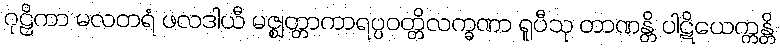
ဂုဠိကာ မလတရံ ဖလဒါယီ မဇ္ဈတ္တာကာရပ္ပဝတ္တိလက္ခဏာ ရူပီသု တာဏန္တိ ပါဋိယေက္ကန္တိ